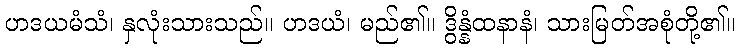
ဟဒယမံသံ၊ နှလုံးသားသည်။ ဟဒယံ၊ မည်၏။ ဒွိန္နံထနာနံ၊ သားမြတ်အစုံတို့၏။